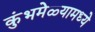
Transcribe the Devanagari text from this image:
कुंभमेळ्यामध्ये